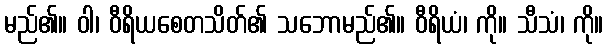
မည်၏။ ဝါ၊ ဝီရိယစေတသိတ်၏ သဘောမည်၏။ ဝီရိယံ၊ ကို။ သီသံ၊ ကို။